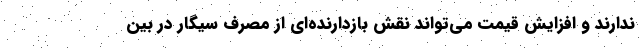
ندارند و افزایش قیمت می‌تواند نقش بازدارنده‌ای از مصرف سیگار در بین